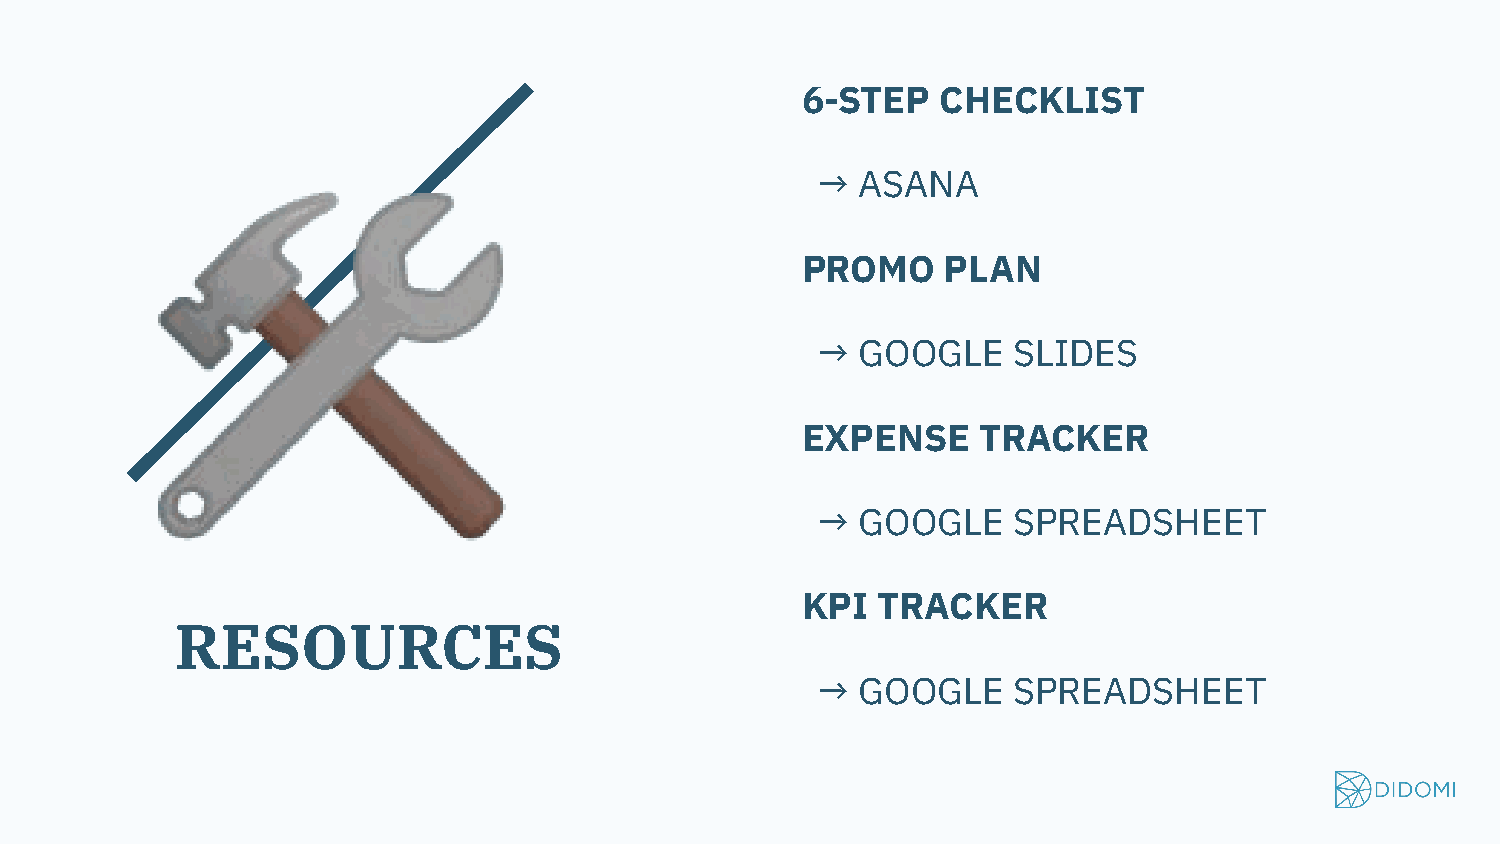
6-STEP   CHECKLIST
 →  ASANA
 🛠
 PROMO     PLAN
 →  GOOGLE    SLIDES
 EXPENSE     TRACKER
 →  GOOGLE    SPREADSHEET
 KPI  TRACKER
 RESOURCES
 →  GOOGLE    SPREADSHEET